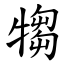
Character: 犓